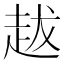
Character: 𧺺